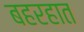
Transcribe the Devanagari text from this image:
बहरहात